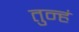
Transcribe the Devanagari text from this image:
तुन्हं